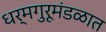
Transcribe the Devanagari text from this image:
धर्मगुरूमंडळात